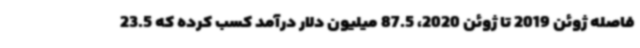
فاصله ژوئن 2019 تا ژوئن 2020، 87.5 میلیون دلار درآمد کسب کرده که 23.5